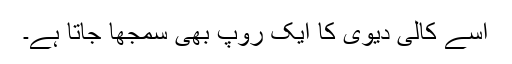
اسے کالی دیوی کا ایک روپ بھی سمجھا جاتا ہے۔